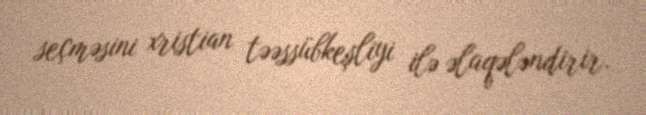
seçməsini xristian təəssübkeşliyi ilə əlaqələndirir.